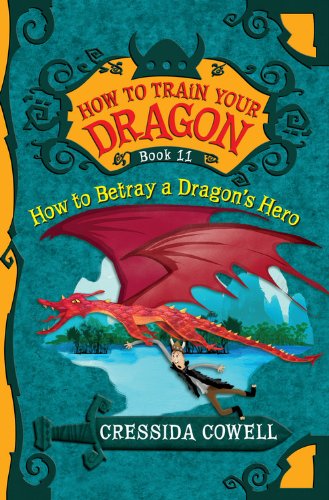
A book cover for How to Train Your Dragon: How to Betray a Dragon's Hero; Cressida Cowell; Children's Books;